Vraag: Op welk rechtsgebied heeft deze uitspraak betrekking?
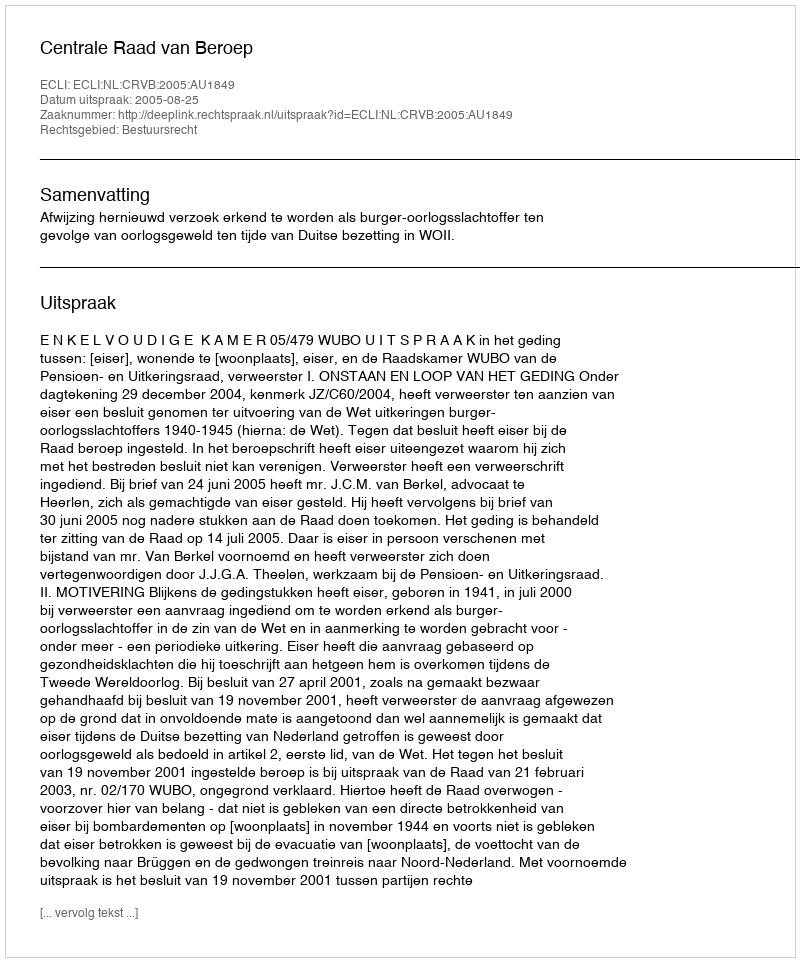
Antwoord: Bestuursrecht